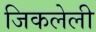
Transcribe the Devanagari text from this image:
जिकलेली